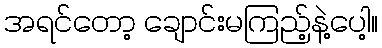
အရင်တော့ ချောင်းမကြည့်နဲ့ပေါ့။